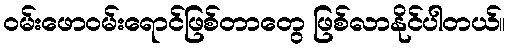
ဝမ်းဖောဝမ်းရောင်ဖြစ်တာတွေ ဖြစ်လာနိုင်ပါတယ်။